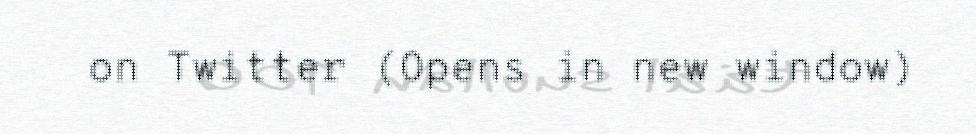
on Twitter (Opens in new window)